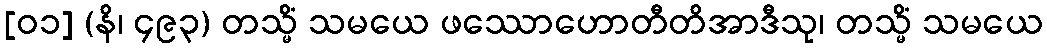
[၀၁] (နိ၊ ၄၉၃) တသ္မိံ သမယေ ဖဿောဟောတီတိအာဒီသု၊ တသ္မိံ သမယေ